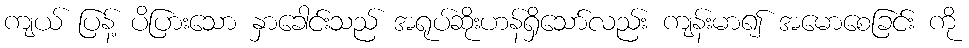
ကျယ် ပြန့် ပိပြားသော နှာခေါင်းသည် အရုပ်ဆိုးဟန်ရှိသော်လည်း ကျန်းမာ၍ အမောစေခြင်း ကို